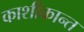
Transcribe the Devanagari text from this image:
काशीकान्त